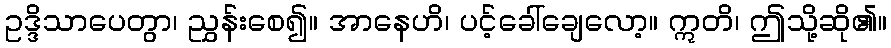
ဥဒ္ဒိသာပေတွာ၊ ညွှန်းစေ၍။ အာနေဟိ၊ ပင့်ခေါ်ချေလော့။ ဣတိ၊ ဤသို့ဆို၏။